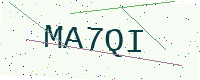
Text: MA7QI